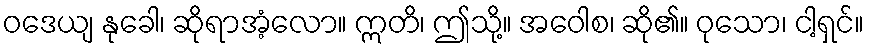
ဝဒေယျ နုခေါ၊ ဆိုရာအံ့လော။ ဣတိ၊ ဤသို့။ အဝေါစ၊ ဆို၏။ ဝုသော၊ ငါ့ရှင်။